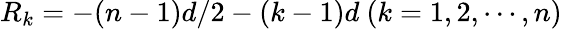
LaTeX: R_{k}=-(n-1)d/2-(k-1)d~(k=1,2,\cdots,n)